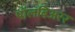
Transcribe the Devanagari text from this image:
पॉलबिअरर